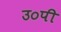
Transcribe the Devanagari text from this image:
उ०पी